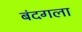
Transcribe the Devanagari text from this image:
बंदगला